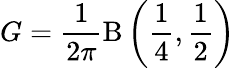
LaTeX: G={\frac{1}{2\pi}}\mathrm{B}\left({\frac{1}{4}},{\frac{1}{2}}\right)